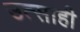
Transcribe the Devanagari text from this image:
उत्‍साही